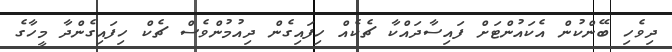
ދިވެހި ބޭންކުން އެކައުންޓަށް ފައިސާދައްކާ ޗެކެއް ހިފައިގެން ދިއުމުންވެސް ޗެކް ހިފައިގެންދާ މީހާގެ